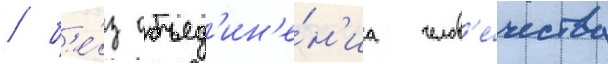
/ б'е́з объед'ин'е́н'иа челов'е́чества